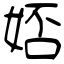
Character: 娝